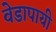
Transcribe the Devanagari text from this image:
वेडापायी